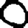
Digit: 0